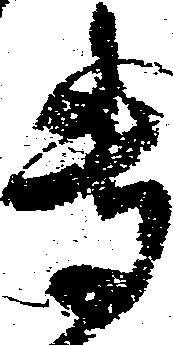
専